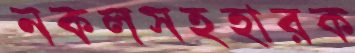
নকলসহহারক